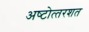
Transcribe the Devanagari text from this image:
अष्‍टोत्‍तरशत